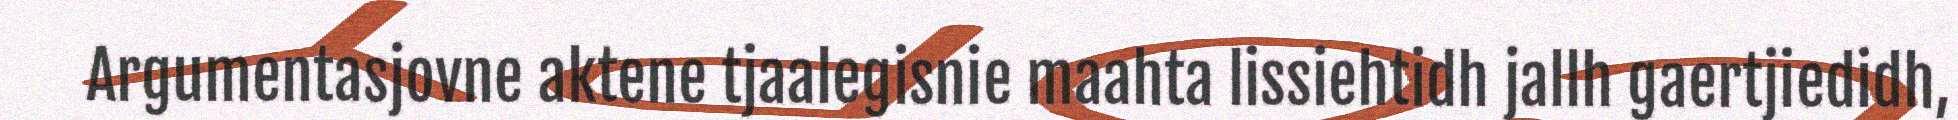
Argumentasjovne aktene tjaalegisnie maahta lissiehtidh jallh gaertjiedidh,